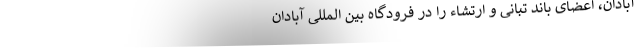
آبادان، اعضای باند تبانی و ارتشاء را در فرودگاه بین المللی آبادان